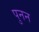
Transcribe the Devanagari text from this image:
पुनन